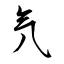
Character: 氕